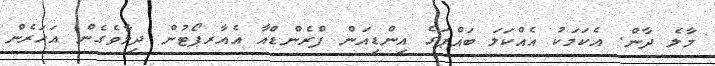
މާލެ ދާން. އެކަމަކު އެއްކަލަ ބައްޕަގެ އިންޑިއަން ފްރެންޑްއާ އެއާރޕޯޓުން ދިމާވެގެން އަހަރެން